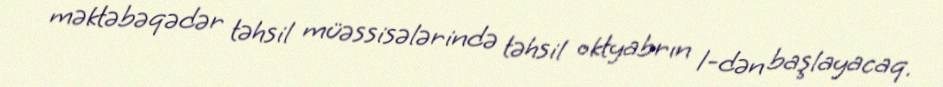
məktəbəqədər təhsil müəssisələrində təhsil oktyabrın 1-dən başlayacaq.